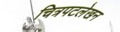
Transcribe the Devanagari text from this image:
चित्रपटलेखन